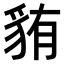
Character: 𫎋